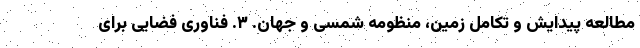
مطالعه پیدایش و تکامل زمین، منظومه شمسی و جهان. ۳. فناوری فضایی برای